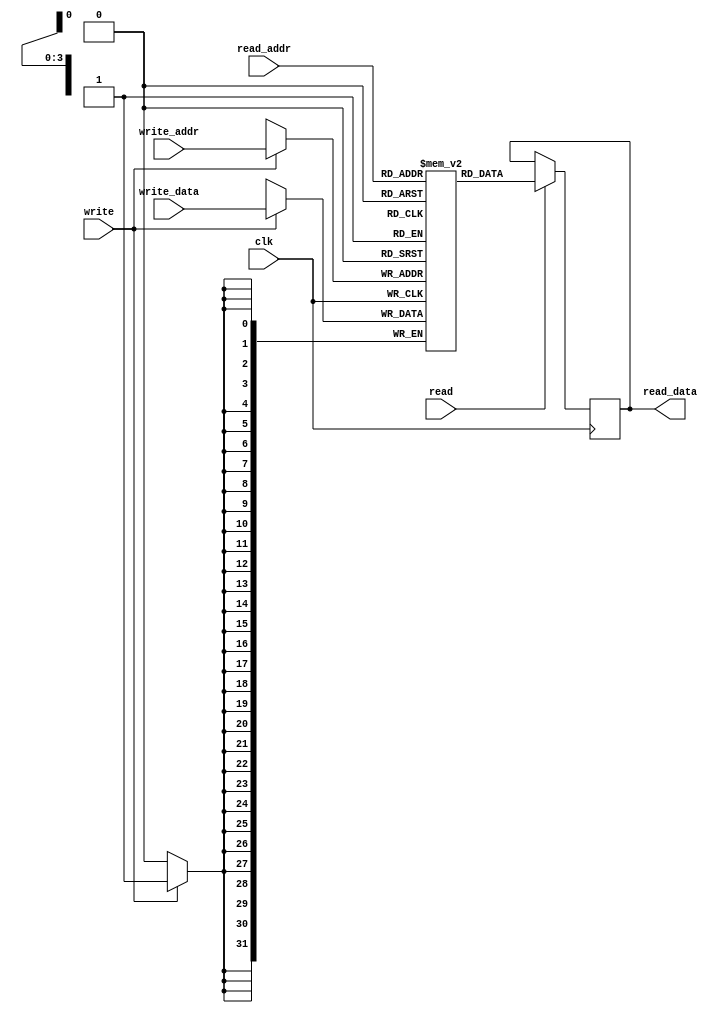
// SPDX-FileCopyrightText: 2023 Efabless Corporation
//
// Licensed under the Apache License, Version 2.0 (the "License");
// you may not use this file except in compliance with the License.
// You may obtain a copy of the License at
//
//      http://www.apache.org/licenses/LICENSE-2.0
//
// Unless required by applicable law or agreed to in writing, software
// distributed under the License is distributed on an "AS IS" BASIS,
// WITHOUT WARRANTIES OR CONDITIONS OF ANY KIND, either express or implied.
// See the License for the specific language governing permissions and
// limitations under the License.
// SPDX-License-Identifier: Apache-2.0

module mem_1r1w (clk, read_addr, read, read_data, write_addr, write, write_data);
	parameter DEPTH_LOG2 = 4;
	localparam ELEMENTS = 2**DEPTH_LOG2;
	parameter WIDTH = 32;

	input wire clk;

    input wire [DEPTH_LOG2-1:0] read_addr;
    input wire read;
	output reg [WIDTH-1:0] read_data;


	input wire [DEPTH_LOG2-1:0] write_addr;
	input wire write;
	input wire  [WIDTH-1:0] write_data;

reg [WIDTH-1:0] storage [ELEMENTS-1:0];

always @(posedge clk) begin
	if(write) begin
		storage[write_addr] <= write_data;
	end
	if(read)
		read_data <= storage[read_addr];
end

endmodule